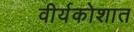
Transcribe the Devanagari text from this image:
वीर्यकोशात